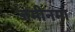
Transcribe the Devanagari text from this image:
जमीनमा